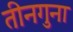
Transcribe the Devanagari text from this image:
तीनगुना